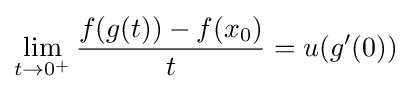
\lim _{t\to 0^{+}}{\frac {f(g(t))-f(x_{0})}{t}}=u(g'(0))